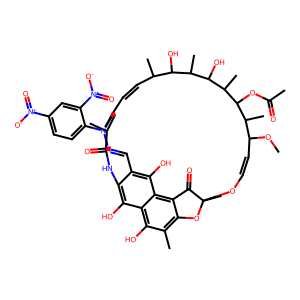
SMILES: COC1C=COC2(C)Oc3c(C)c(O)c4c(O)c(c(C=NN(C)c5ccc([N+](=O)[O-])cc5[N+](=O)[O-])c(O)c4c3C2=O)NC(=O)C(C)=CC=CC(C)C(O)C(C)C(O)C(C)C(OC(C)=O)C1C
Inhibits HIV replication: No